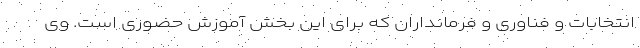
انتخابات و فناوری و فرمانداران که برای این بخش آموزش حضوری است. وی